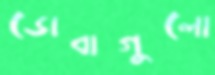
ডোবাগুলো